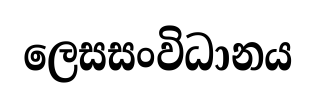
ලෙසසංවිධානය